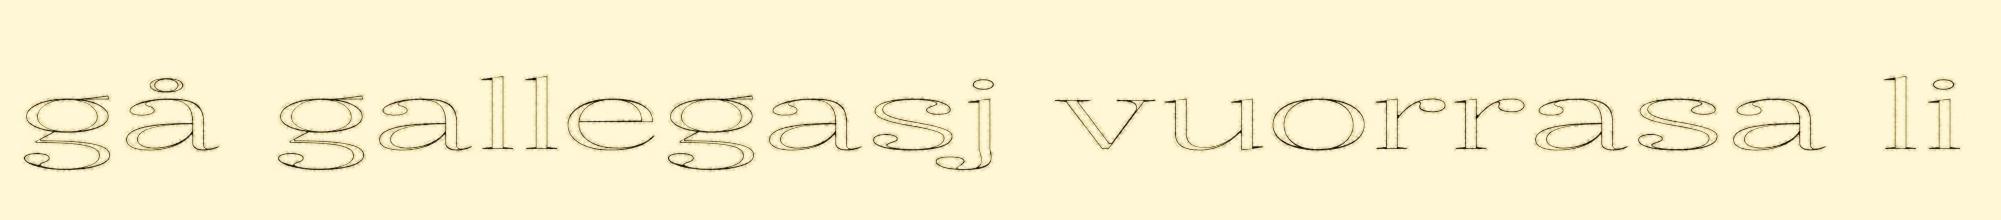
gå gallegasj vuorrasa li